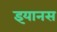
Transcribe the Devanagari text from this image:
इयानस